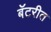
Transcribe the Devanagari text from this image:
बॅटरीत